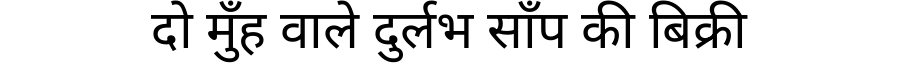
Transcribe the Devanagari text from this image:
दो मुँह वाले दुर्लभ साँप की बिक्री